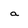
Character: a